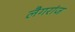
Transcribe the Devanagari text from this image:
लैगरांज